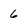
Character: 6